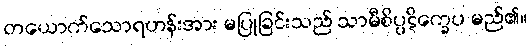
တယောက်သောရဟန်းအား မပြုခြင်းသည် သာမီစိပ္ပဋိက္ခေပ မည်၏။